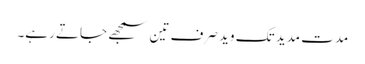
مدت مدید تک وید صرف تین سمجھے جاتے رہے۔